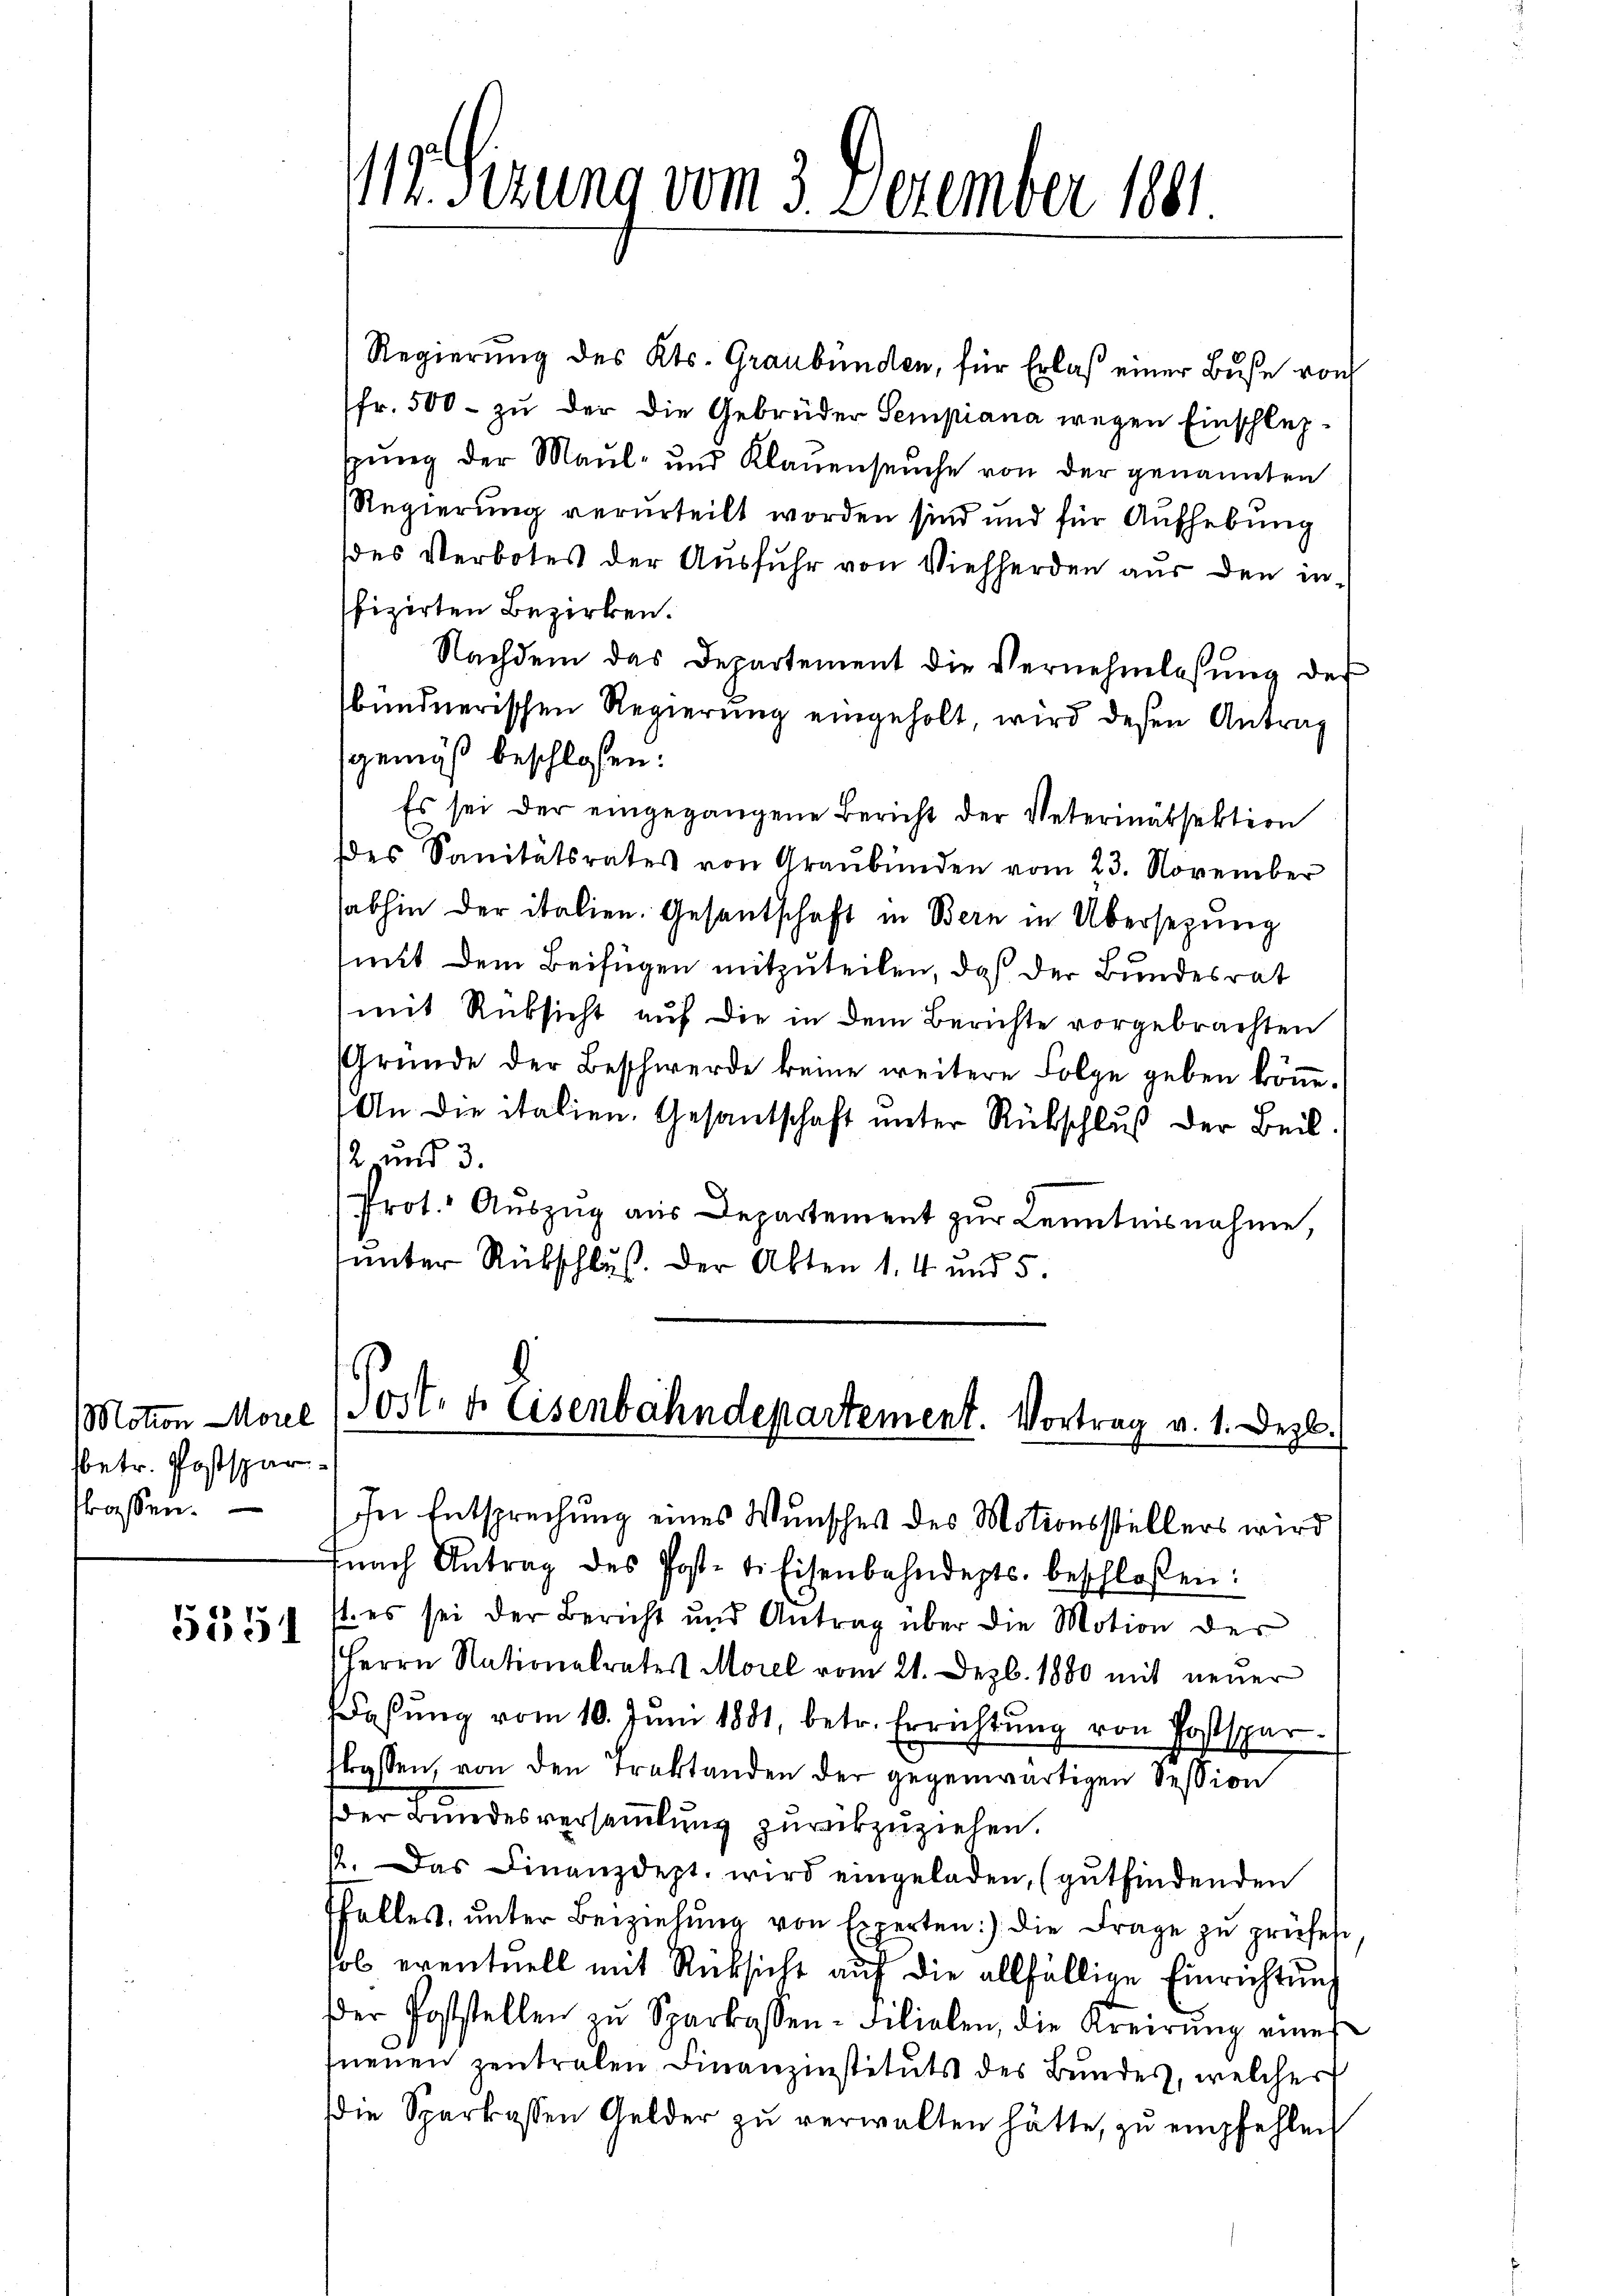
betr. Postspar
tlassen.

5351

Regierŭng des Kts. Graubünden, für Erlaß einer Buße von
fr. 500 - zu der die Gebrüder Sempiana wegen Einschlusspung der Maul- und Klauenseuche von der genannten
Regierung verurteilt worden sind und für Aufhebung
(des Verbotes der Ausfuhr von Viehherden aus den in-
fizirten Bezirken.
Nachdem das Departement die Vernehmlassung der
bündnerischen Regierŭng eingeholt, wird deßen Antrag
gemäß beschlossen:
Es sei der eingegangene Bericht der Veterinätsektion
(des Sanitätsrates von Graubünden vom 23. November
sabhin der italien. Gesandtschaft in Bern in Übersezung
mit dem Beifügen mitzuteilen, daß der Bundesrat
(mit Rüksicht auf die in dem Berichte vorgebrachten
Gründe der Beschwerde keine weitere Folge geben köṅe.
An die italien. Gesantschaft unter Rückschluß der Beil.
12, und 3.
Prot. Aŭszŭg aŭs Departement zŭr Kenntnisnahme,
unter Rückschluß. Der Akten 14 und 5.

Mäsizung vom 3. Dezember 1891

Motion Morel (305. d. Eisenbahndepartement. Vortrag v. 1. Dezb.

In Entsprechung eines Wunsches des Motionsstellers wird
fnach Antrag des Postet. Eisenbahndepts beschloßen:
st. es sei der Bericht und Antrag über die Motion der
Herrn Nationalrates Morel vom 21. Dezb. 1880 mit neuer
aβŭng vom 10. Jŭni 1881, betr. Errichtŭng von Postsper
strassen, von den Traktanden der gegenwärtigen Session
der Bundesversamlung zurückzuziehen.
1. Das Finanzdept. wird eingeladen, (gŭtfindenden
ffalles, ŭnter Beiziehŭng von Experten: die Frage zŭ prüfes.
sol eventuell mit Rücksicht auf die allfällige Einrichtung
der Poststellen zŭ Sparkassen-Filialen, die Kreirŭng eines
tneuen zentralen Finanzinstituts des Bundes, welcher
die Sparkassen Gelder zŭ verwalten hätte, zŭ empfehlen